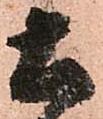
土